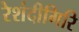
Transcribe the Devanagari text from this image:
रेशंदीगिरि